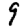
Digit: 9